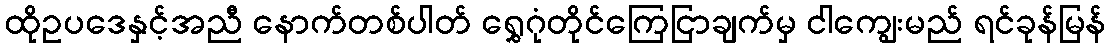
ထိုဥပဒေနှင့်အညီ နောက်တစ်ပါတ် ရွှေဂုံတိုင်ကြေငြာချက်မှ ငါကျွေးမည် ရင်ခုန်မြန်